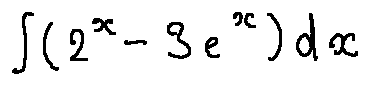
\int ( 2 ^ { x } - 3 e ^ { x } ) d x